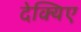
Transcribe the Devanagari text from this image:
देक्यिए